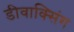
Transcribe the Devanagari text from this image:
डीवाक्सिंग